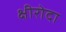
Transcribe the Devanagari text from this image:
क्षीरोदा